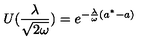
U ( \frac { \lambda } { \sqrt { 2 \omega } } ) = e ^ { - \frac { \lambda } { \omega } ( a ^ { * } - a ) }